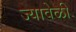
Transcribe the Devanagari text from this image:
ज्यावेळीं